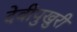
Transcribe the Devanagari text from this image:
देवीपुखुरी